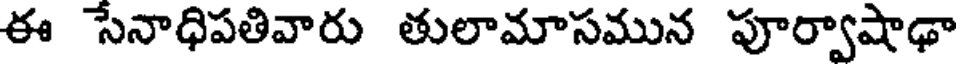
ఈ సేనాధిపతివారు తులామాసమున పూర్వాషాఢా